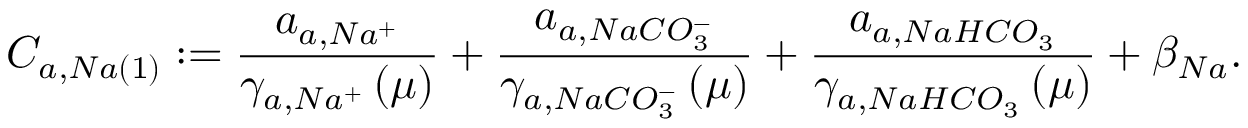
C _ { a , N a \left( 1 \right) } : = \frac { a _ { a , N a ^ { + } } } { \gamma _ { a , N a ^ { + } } \left( \mu \right) } + \frac { a _ { a , N a C O _ { 3 } ^ { - } } } { \gamma _ { a , N a C O _ { 3 } ^ { - } } \left( \mu \right) } + \frac { a _ { a , N a H C O _ { 3 } } } { \gamma _ { a , N a H C O _ { 3 } } \left( \mu \right) } + \beta _ { N a } .